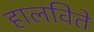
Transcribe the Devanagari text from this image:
हालविते